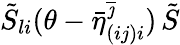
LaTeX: \tilde{S}_{li}(\theta-\bar{\eta}_{(ij)i}^{\overline{{{\jmath}}}})\, \tilde{S}